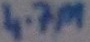
Text: 4.7M